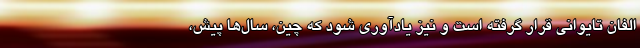
الفانِ تایوانی قرار گرفته است و نیز یادآوری شود که چین، سال‌ها پیش،